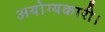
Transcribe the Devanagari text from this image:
अयोग्यकारी।